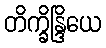
တိက္ခိန္ဒြိယေ